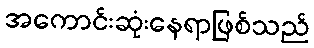
အကောင်းဆုံးနေရာဖြစ်သည်